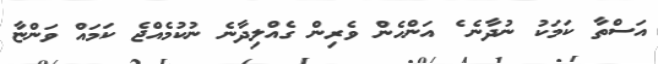
އަސްތާ ކަމަކު ނުދާނެެ ެ އަންހެން ވެރިން ގެއްލިދާާނެެ ނުކުމެއްޖެ ކަމައް ވަންޏާ